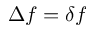
\Delta f = \delta f